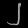
Digit: ၂